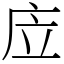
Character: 㡴